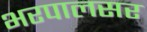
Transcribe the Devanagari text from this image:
भरपालसर